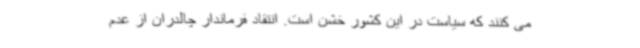
می کنند که سیاست در این کشور خشن است. انتقاد فرماندار چالدران از عدم